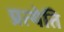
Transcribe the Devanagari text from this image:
प्रत्येति